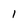
Character: 1